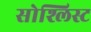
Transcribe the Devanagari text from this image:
सोश्लिस्ट